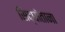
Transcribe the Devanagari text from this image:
सिद्धांताना